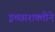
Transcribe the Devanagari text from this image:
इच्छाशक्तीने